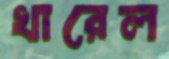
খারেল